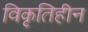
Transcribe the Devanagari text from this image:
विकृतिहीन